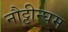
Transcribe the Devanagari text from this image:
नौट्टीन्घम